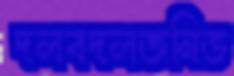
দলবদলজনিত